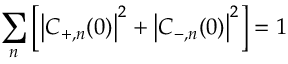
\sum _ { n } \left[ \left| C _ { + , n } ( 0 ) \right| ^ { 2 } + \left| C _ { - , n } ( 0 ) \right| ^ { 2 } \right] = 1